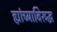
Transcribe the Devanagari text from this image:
ह्यांच्याविरुद्ध